Vabadussoja_Ajaloo_Komitee, lk 4
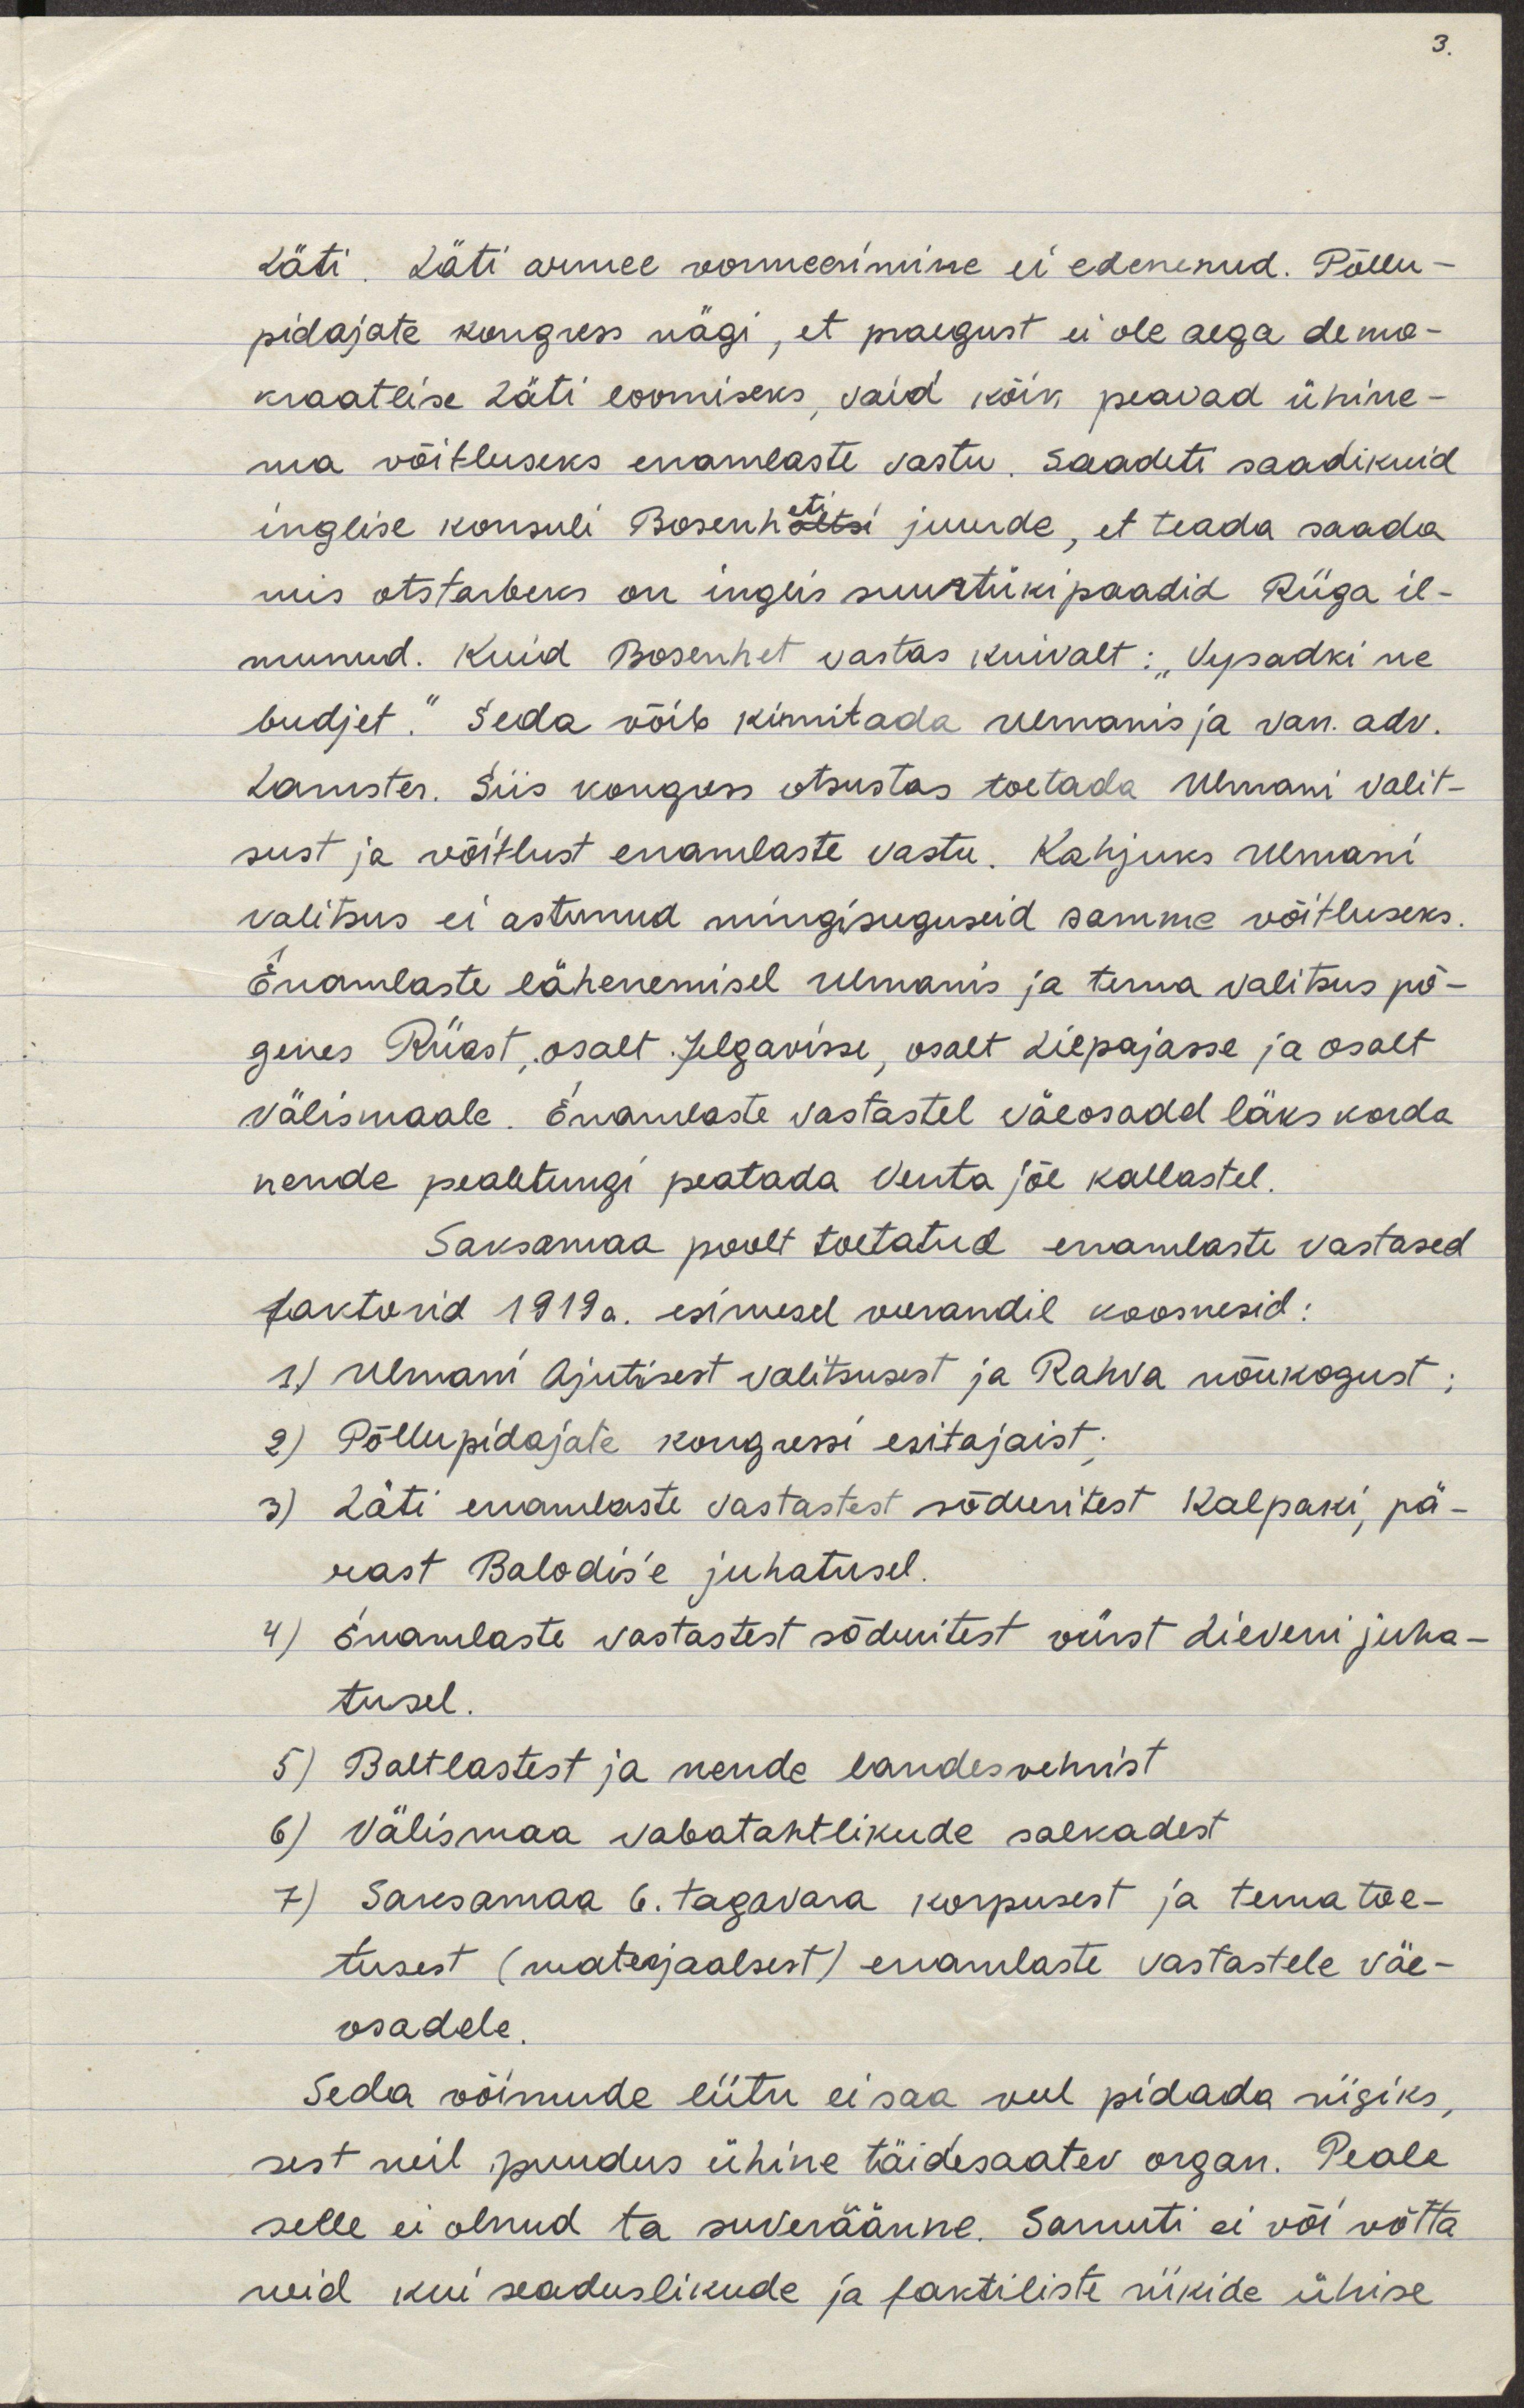
Läti. Läti armee vormeerimine ei edenenud. Põllu-
pidajate kongress nägi, et praegust ei ole aega demo-
kraatlise Läti loomiseks, vaid kõik peavad ühine-
ma võitluseks enamlaste vastu. Saadeti saadikuid
inglise konsuli Bosenholtsi juurde, et teada saada
mis otstarbeks on inglis suurtükipaadid Riiga il-
munud. Kuid Bosenhet vastas kuivalt: "Vysadki ne
budjet." Seda võib kinnitada Ulmanis ja van.adv.
Lamster. Siis kongress otsustas toetada Ulmani valit-
sust ja võitlust enamlaste vastu. Kahjuks Ulmani
valitsus ei astunud mingisuguseid samme võitluseks.
Enamlaste lähenemisel Ulmanis ja tema valitsus põ-
genes Riiast, osalt Jelgavisse, osalt Liepajasse ja osalt
välismaale. Enamlaste vastasel väeosadel läks korda
nende pealetugi peatada Venta jõe kallastel.
Saksamaa poolt toetatud enamlaste vastased
faktorid 1919. a. esimesel veerandil koosnesid:
1) Ulmani Ajutisest Valitsusest ja Rahva nõukogust;
2) Põllupidajate kongressi esitajaist;
3) Läti enamlaste vastastest sõduritest Kalpaki, pä-
rast Balodis´e juhatusel.
4) Enamlaste vastastest sõduritest vürst Lieveni juha-
tusel.
5) Baltlastest ja nende landesvehrist
6) Välismaa vabatahtlikude salkadest
7) Saksamaa 6. tagavara korpusest ja tema toe-
tusest (materjaalsest) enamlaste vastastele väe-
osadele.
Seda võimude liitu ei saa veel pidada riigiks,
sest neil puudus ühine täidesaatev organ. Peale
selle ei olnud ta suveräänne. Samuti ei või võtta
neid kui seaduslikude ja faktiliste riikide ühise